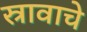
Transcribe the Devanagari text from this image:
स्रावाचे